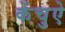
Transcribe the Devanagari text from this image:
केंचुऐ